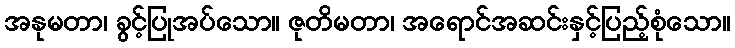
အနုမတာ၊ ခွင့်ပြုအပ်သော။ ဇုတိမတာ၊ အရောင်အဆင်းနှင့်ပြည့်စုံသော။